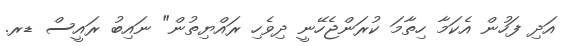
އަދި ފަހުން އެކަމާ ހިތާމަ ކުރަންޖެހޭނީ ދިވެހި ރައްޔިތުން" ނައިބު ރައީސް ޑރ.